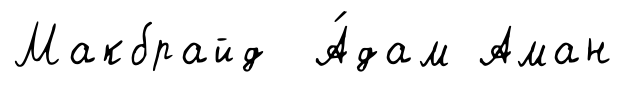
Макбрайд А́дам Аман